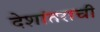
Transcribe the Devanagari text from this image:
देशांतराची